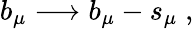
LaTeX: b_{\mu}\longrightarrow b_{\mu}-s_{\mu}\; ,